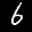
Label: 6